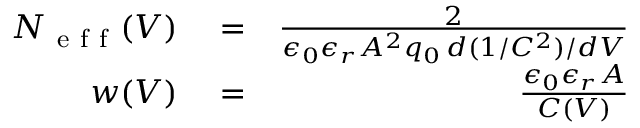
\begin{array} { r l r } { N _ { \mathrm { ~ e ~ f ~ f ~ } } ( V ) } & { { } = } & { \frac { 2 } { \epsilon _ { 0 } \epsilon _ { r } A ^ { 2 } q _ { 0 } \, d ( 1 / C ^ { 2 } ) / d V } } \\ { w ( V ) } & { { } = } & { \frac { \epsilon _ { 0 } \epsilon _ { r } A } { C ( V ) } } \end{array}